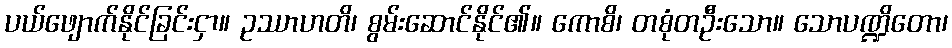
ပယ်ဖျောက်နိုင်ခြင်းငှာ။ ဥဿာဟတိ၊ စွမ်းဆောင်နိုင်၏။ ကောစိ၊ တစုံတဦးသော။ သောပဏ္ဍိတော၊